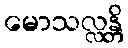
မောသလ္လန္တိ